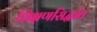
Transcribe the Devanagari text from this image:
शिक्षणसिद्धांत